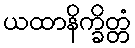
ယထာနိက္ခိတ္တံ